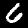
Label: 6